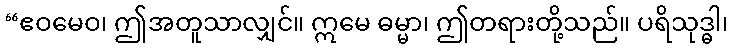
“ဧဝမေဝ၊ ဤအတူသာလျှင်။ ဣမေ ဓမ္မာ၊ ဤတရားတို့သည်။ ပရိသုဒ္ဓါ၊